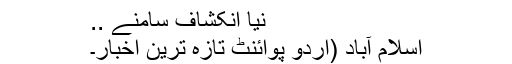
نیا انکشاف سامنے ..
اسلام آباد (اُردو پوائنٹ تازہ ترین اخبار۔